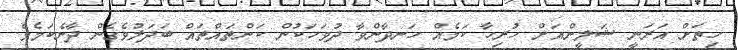
ހިތަށް އަރަނީ ޝަލީންއަށް ހުރިހާ ކަމެއް ހަނދާންވާ ދުވަހަކުން ކަންތައްތައް ބަދަލުވެގެން ދާނެކަމެވެ.